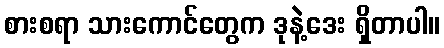
စားစရာ သားကောင်တွေက ဒုနဲ့ဒေး ရှိတာပါ။